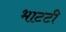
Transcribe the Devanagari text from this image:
भाटटी